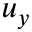
u _ { y }